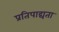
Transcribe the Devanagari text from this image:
प्रतिपाद्यता